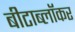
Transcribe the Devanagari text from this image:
बीटाब्लॉकर